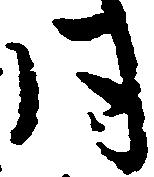
同